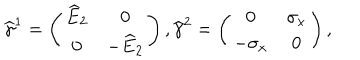
{ \widehat \gamma } ^ { 1 } = \left( \begin{array} { c c } { { { \widehat E } _ { 2 } } } & { { 0 } } \\ { { 0 } } & { { - { \widehat E } _ { 2 } } } \\ \end{array} \right) , { \widehat \gamma } ^ { 2 } = \left( \begin{array} { c c } { { 0 } } & { { \sigma _ { x } } } \\ { { - \sigma _ { x } } } & { { 0 } } \\ \end{array} \right) ,